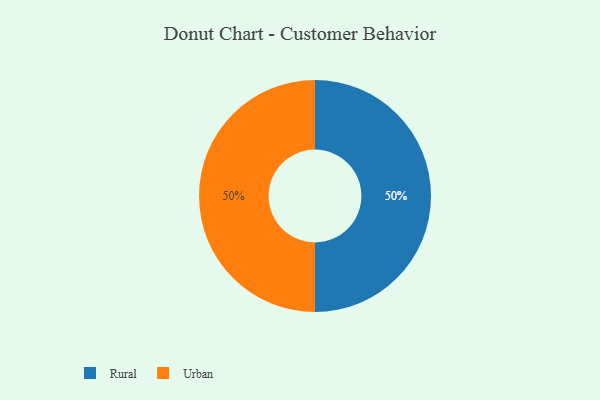
{"axis": {"x": "Category", "y": "Percentage"}, "legend": ["Rural", "Urban"], "data": [{"x": "Rural", "y": 50, "type": "Rural"}, {"x": "Urban", "y": 50, "type": "Urban"}]}